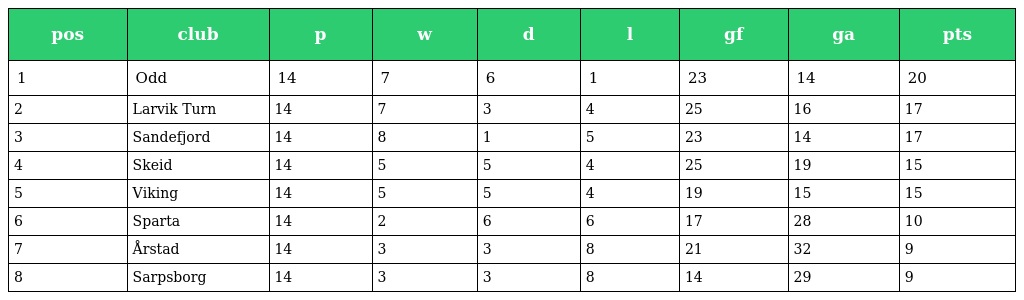
| pos | club | p | w | d | l | gf | ga | pts |
 | --- | --- | --- | --- | --- | --- | --- | --- | --- |
 | 1 | Odd | 14 | 7 | 6 | 1 | 23 | 14 | 20 |
 | 2 | Larvik Turn | 14 | 7 | 3 | 4 | 25 | 16 | 17 |
 | 3 | Sandefjord | 14 | 8 | 1 | 5 | 23 | 14 | 17 |
 | 4 | Skeid | 14 | 5 | 5 | 4 | 25 | 19 | 15 |
 | 5 | Viking | 14 | 5 | 5 | 4 | 19 | 15 | 15 |
 | 6 | Sparta | 14 | 2 | 6 | 6 | 17 | 28 | 10 |
 | 7 | Årstad | 14 | 3 | 3 | 8 | 21 | 32 | 9 |
 | 8 | Sarpsborg | 14 | 3 | 3 | 8 | 14 | 29 | 9 |